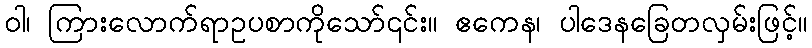
ဝါ၊ ကြားလောက်ရာဥပစာကိုသော်၎င်း။ ဧကေန၊ ပါဒေနခြေတလှမ်းဖြင့်။